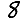
Digit: 8